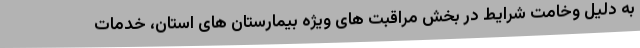
به دلیل وخامت شرایط در بخش مراقبت های ویژه بیمارستان های استان، خدمات